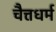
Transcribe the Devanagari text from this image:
चैत्तधर्म